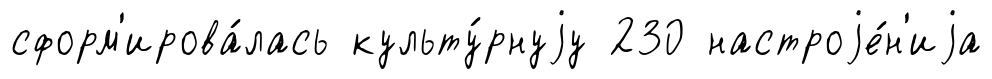
сформ'ирова́лась культу́рнуjу 230 настроjе́н'иjа